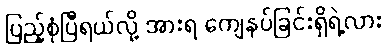
ပြည့်စုံပြီရယ်လို့ အားရ ကျေနပ်ခြင်းရှိရဲ့လား